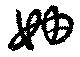
妯